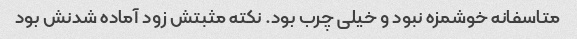
متاسفانه خوشمزه نبود و خیلی چرب بود. نکته مثبتش زود آماده شدنش بود